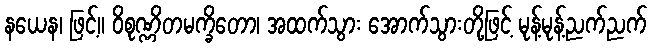
နယေန၊ ဖြင့်။ ဝိစုဏ္ဏိတမက္ခိတော၊ အထက်သွား အောက်သွားတို့ဖြင့် မုန့်မုန့်ညက်ညက်